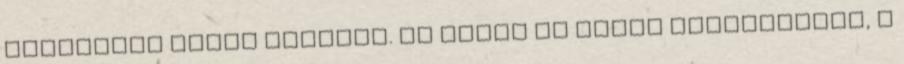
lehajolva lehet bejutni. Ez vezet az igazi sirszobához, a